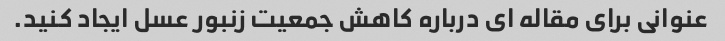
عنوانی برای مقاله ای درباره کاهش جمعیت زنبور عسل ایجاد کنید.